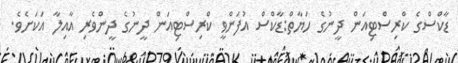
ޑާކްސްގެ ކްރިސްޓިއަން ދީނުގެ ހަޔާތް:ޑާކްސް އުފަންވީ ކްރިސްޓިއަން ދީނުގެ ދީންވެރި އާއިލާ އަކަށެވެ.